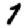
Digit: 1